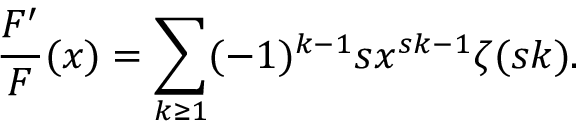
\frac { F ^ { \prime } } { F } ( x ) = \sum _ { k \ge 1 } ( - 1 ) ^ { k - 1 } s x ^ { s k - 1 } \zeta ( s k ) .